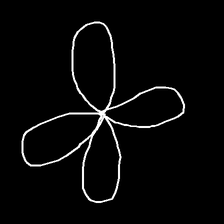
Glyph: billowing